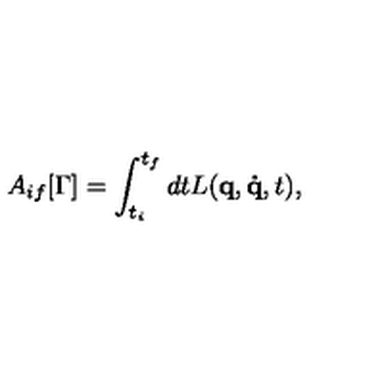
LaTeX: A _ { i f } [ \Gamma ] = \int _ { t _ { i } } ^ { t _ { f } } d t L ( \mathbf { q } , \mathbf { \dot { q } } , t ) ,